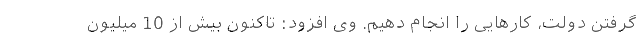
گرفتن دولت، کارهایی را انجام دهیم. وی افزود: تاکنون بیش از 10 میلیون